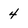
Character: 4